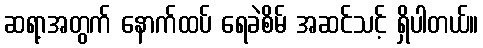
ဆရာ့အတွက် နောက်ထပ် ရေခဲစိမ် အဆင်သင့် ရှိပါတယ်။